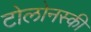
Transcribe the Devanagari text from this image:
टोलोनस्की